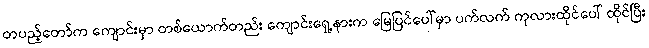
တပည့်တော်က ကျောင်းမှာ တစ်ယောက်တည်း ကျောင်းရှေ့နားက မြေပြင်ပေါ်မှာ ပက်လက် ကုလားထိုင်ပေါ် ထိုင်ပြီး